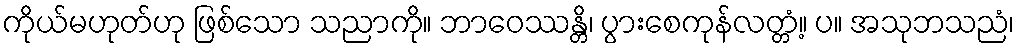
ကိုယ်မဟုတ်ဟု ဖြစ်သော သညာကို။ ဘာဝေဿန္တိ၊ ပွားစေကုန်လတ္တံ့။ ပ။ အသုဘသညံ၊